Treatise on elephants
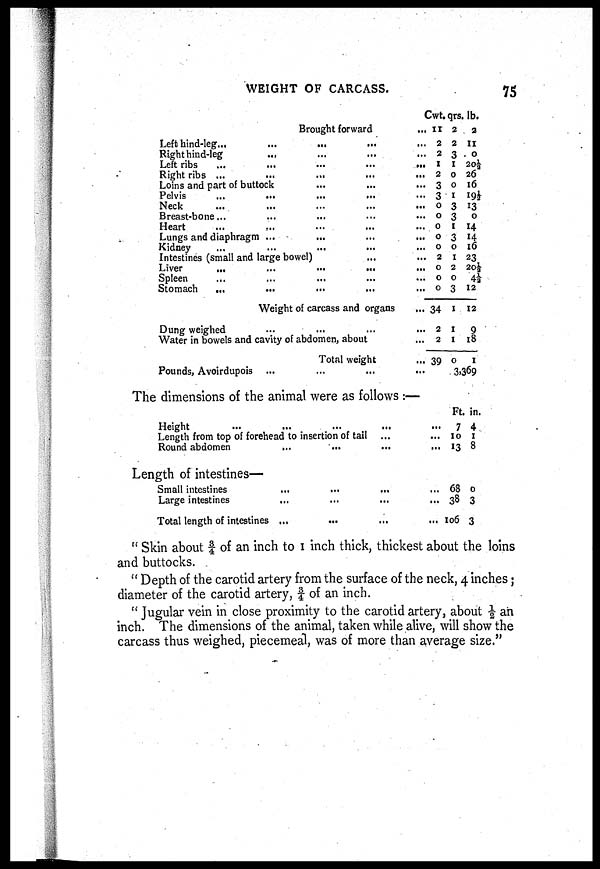
WEIGHT OF CARCASS.
75
Brought forward
Left hind-leg...
Right hind-leg
Left ribs
Right ribs ...
Loins and part of buttock
Pelvis
Neck
Breast-bone...
Heart
...
...
Lungs and diaphragm ...
Kidney
... ...
...
...
...
...
...
...
...
...
...
...
...
...
...
...
...
...
...
...
...
Intestines (small and large bowel)
Liver
...
Spleen
Stomach
...
...
...
...
...
Weight of carcass and organs
Dung weighed
...
...
Water in bowels and cavity of abdomen, about
Pounds, Avoirdupois
Total weight
...
Cwt.
... 11
... 2
... 2
... 1
... 2
... 3
... 3
... 0
... 0
... 0
... 0
... 0
... 2
... 0
... 0
... 0
... 34
... 2
... 2
... 39
qrs.
2
2
3
1
0
0
1
3
3
1
3
0
1
2
0
3
1
1
1
0
lb.
2
11
0
20½
26
16
19½
13
0
14
14
16
23
20½
4½
12
12
9
18
1
3,369
The dimensions of the animal were as follows :—
Height ... ... ... ... ...
Length from top of forehead to insertion of tail...
Round abdomen ... ... ... ...
Ft.
7
10
13
in.
4
1
8
Length of intestines—
Small intestines... ... ... ...
Large intestines... ... ... ...
Total length of intestines ... ... ... ...
68
38
106
0
3
3
" Skin about ¾ of an inch to 1 inch thick, thickest about the loins
and buttocks.
"Depth of the carotid artery from the surface of the neck, 4 inches;
diameter of the carotid artery, ¾ of an inch.
" Jugular vein in close proximity to the carotid artery, about ½ ah
inch. The dimensions of the animal, taken while alive, will show the
carcass thus weighed, piecemeal, was of more than average size."